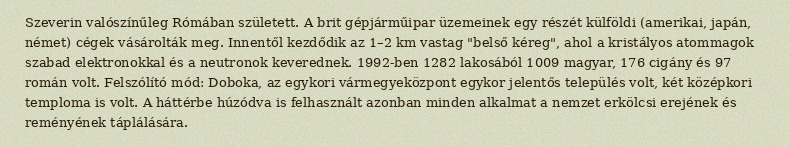
Szeverin valószínűleg Rómában született. A brit gépjárműipar üzemeinek egy részét külföldi (amerikai, japán, német) cégek vásárolták meg. Innentől kezdődik az 1–2 km vastag "belső kéreg", ahol a kristályos atommagok szabad elektronokkal és a neutronok keverednek. 1992-ben 1282 lakosából 1009 magyar, 176 cigány és 97 román volt. Felszólító mód: Doboka, az egykori vármegyeközpont egykor jelentős település volt, két középkori temploma is volt. A háttérbe húzódva is felhasznált azonban minden alkalmat a nemzet erkölcsi erejének és reményének táplálására.